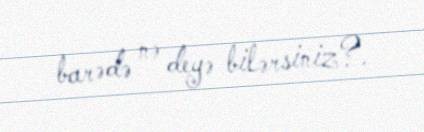
barədə nə deyə bilərsiniz?.